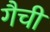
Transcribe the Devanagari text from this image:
गैची